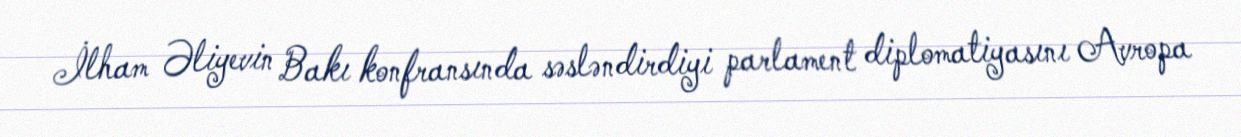
İlham Əliyevin Bakı konfransında səsləndirdiyi parlament diplomatiyasını Avropa